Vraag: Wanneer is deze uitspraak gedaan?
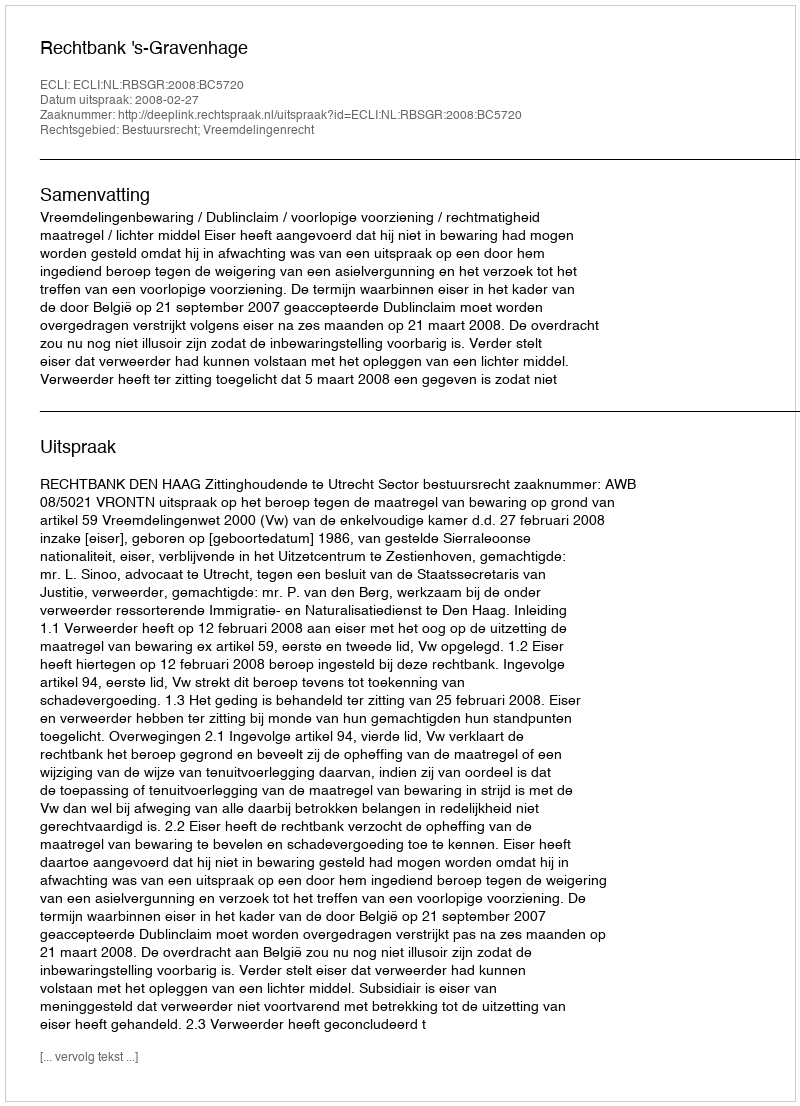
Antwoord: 2008-02-27